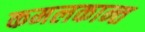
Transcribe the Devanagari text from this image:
कमलकान्त